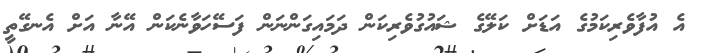
އެ އުފާވެރިކަމުގެ އަޑަށް ކަލޭގެ ޝައުގުވެރިކަން ދަމައިގަންނަން ފަސޭހަވާނެކަން އޭނާ އަށް އެނގޭތީ